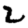
Digit: 2